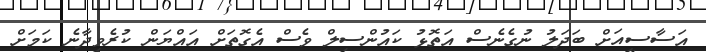
އަސާސީއަށް ބަދަލު ނުގެނެސް އަތޮޅު ކައުންސިލް ވެސް އެގޮތަށް އައްޔަން ކުރެވިދާނެ ކަމަށް